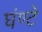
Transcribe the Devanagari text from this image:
घंण्टे